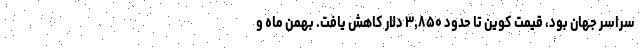
سراسر جهان بود، قیمت کوین تا حدود ۳,۸۵۰ دلار کاهش یافت. بهمن ماه و